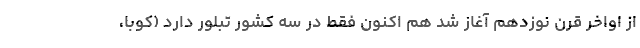
از اواخر قرن نوزدهم آغاز شد هم اکنون فقط در سه کشور تبلور دارد (کوبا،